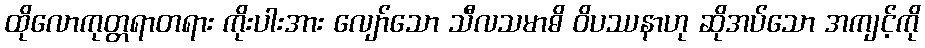
ထိုလောကုတ္တရာတရား ကိုးပါးအား လျော်သော သီလသမာဓိ ဝိပဿနာဟု ဆိုအပ်သော အကျင့်ကို